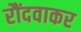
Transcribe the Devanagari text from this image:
रौंदवाकर